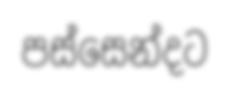
පස්සෙන්දට